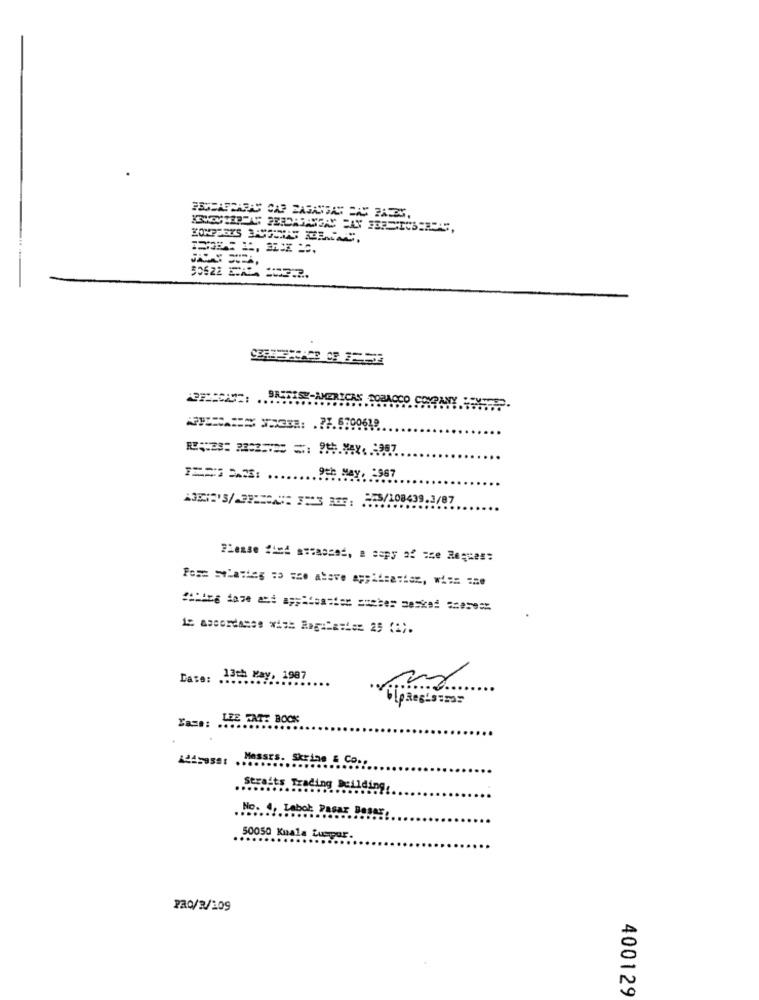
Cco
======= == 33: .? 7.5700618
. 9th May, : 967
i= accordance xi == Ragal ===== 25 (2).
Date: .
: 13th May, 1987
Tags: LEE TATT BOOK
Messrs. Skrine & Co .,
Straits Trading Dell
No .. .. Labol Pasar
50050 Kuala Lumpur.
PRO/2/109
400129